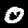
Digit: 0